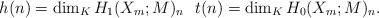
LaTeX: \begin{align*}h(n) = \dim_K H_1(X_m; M)_n \ \ t(n) = \dim_K H_0(X_m; M)_n. \end{align*}